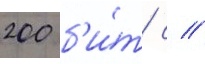
200 б'и́т/ с //